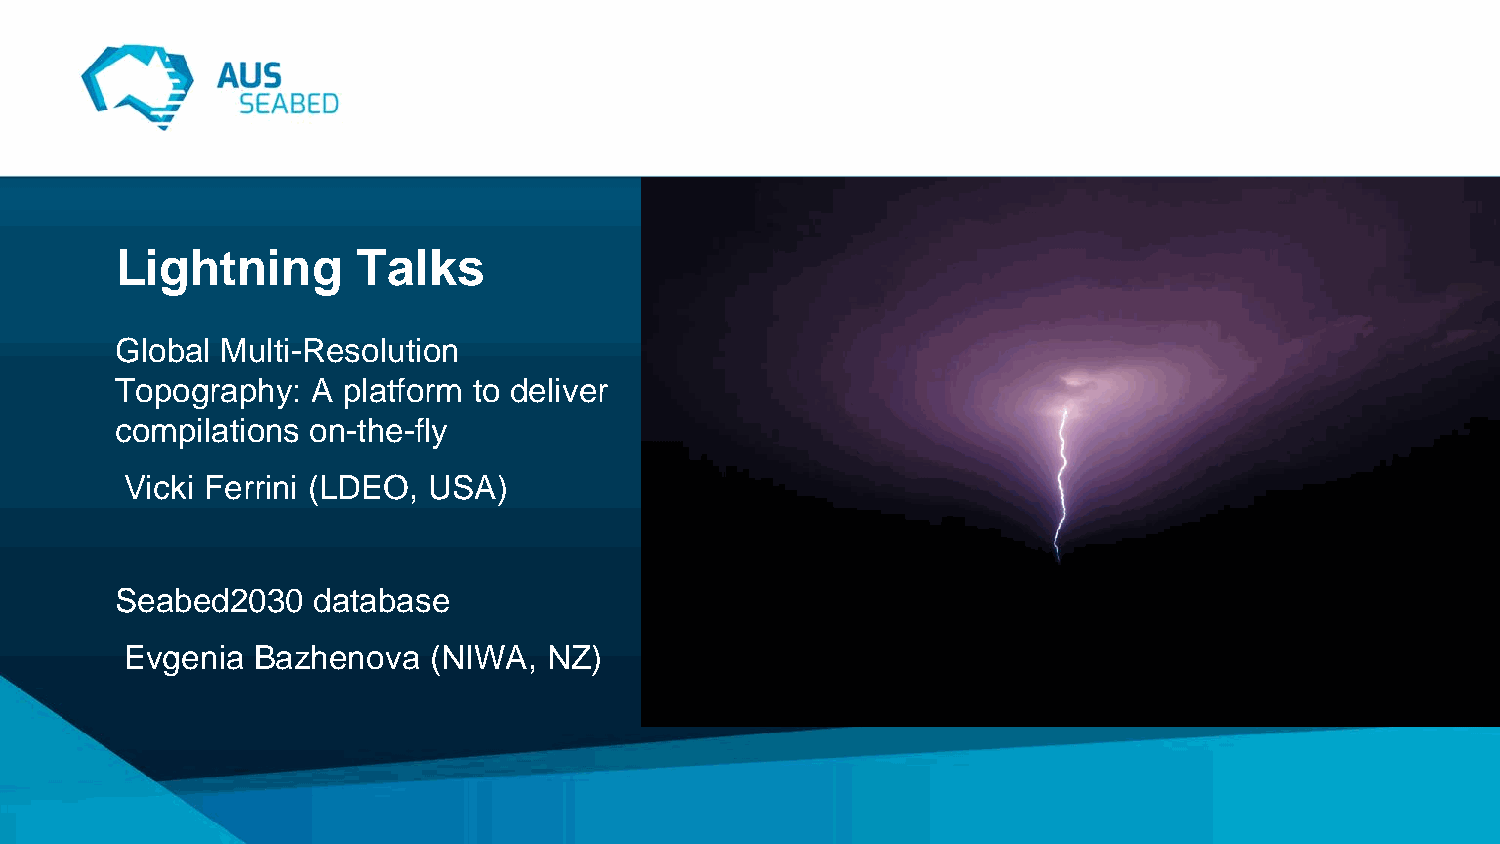
Lightning       Talks
 Global Multi-Resolution
 Topography:  A platform to deliver
 compilations on-the-fly
 Vicki Ferrini (LDEO, USA)
 Seabed2030   database
 Evgenia  Bazhenova  (NIWA,  NZ)